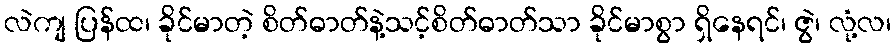
လဲကျ ပြန်ထ၊ ခိုင်မာတဲ့ စိတ်ဓာတ်နဲ့သင့်စိတ်ဓာတ်သာ ခိုင်မာစွာ ရှိနေရင်၊ ဇွဲ၊ လုံ့လ၊